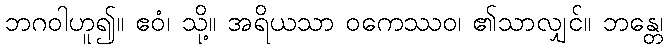
ဘဂဝါဟူ၍။ ဧဝံ၊ သို့။ အရိယသာ ဝကေဿဝ၊ ၏သာလျှင်။ ဘန္တေ၊